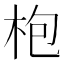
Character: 枹